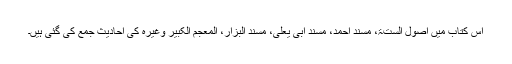
اس کتاب میں اصول الستۃ، مسند احمد، مسند ابی یعلی، مسند البزار، المعجم الکبیر وغیرہ کی احادیث جمع کی گئی ہیں۔